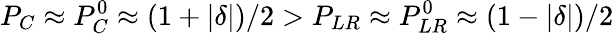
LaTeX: P_{C}\approx P_{C}^{0}\approx(1+|\delta|)/2>P_{LR}\approx P_{LR}^{0}\approx(1-|\delta|)/2